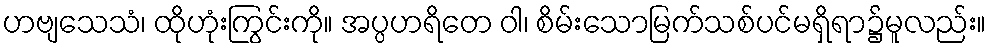
ဟဗျသေသံ၊ ထိုဟုံးကြွင်းကို။ အပ္ပဟရိတေ ဝါ၊ စိမ်းသောမြက်သစ်ပင်မရှိရာ၌မူလည်း။